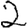
Digit: 2